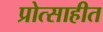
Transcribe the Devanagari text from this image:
प्रोत्साहीत